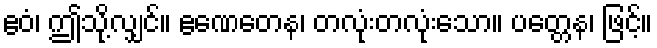
ဧဝံ၊ ဤသို့လျှင်။ ဧဏေတေန၊ တလုံးတလုံးသော။ ပတ္တေန၊ ဖြင့်။